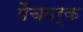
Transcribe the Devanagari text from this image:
पैचवर्क